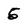
Character: 5